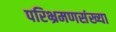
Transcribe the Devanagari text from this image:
परिभ्रमणसंख्या